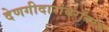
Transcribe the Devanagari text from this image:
देणगीदारांबरोबरच